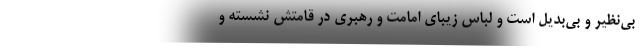
بی‌نظیر و بی‌بدیل است و لباس زیبای امامت و رهبری در قامتش نشسته و